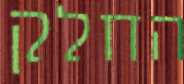
החלק